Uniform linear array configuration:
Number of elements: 64
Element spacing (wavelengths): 0.75
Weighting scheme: exponential
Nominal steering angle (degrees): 0
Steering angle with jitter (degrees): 1.187
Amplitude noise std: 0.05
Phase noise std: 0.05

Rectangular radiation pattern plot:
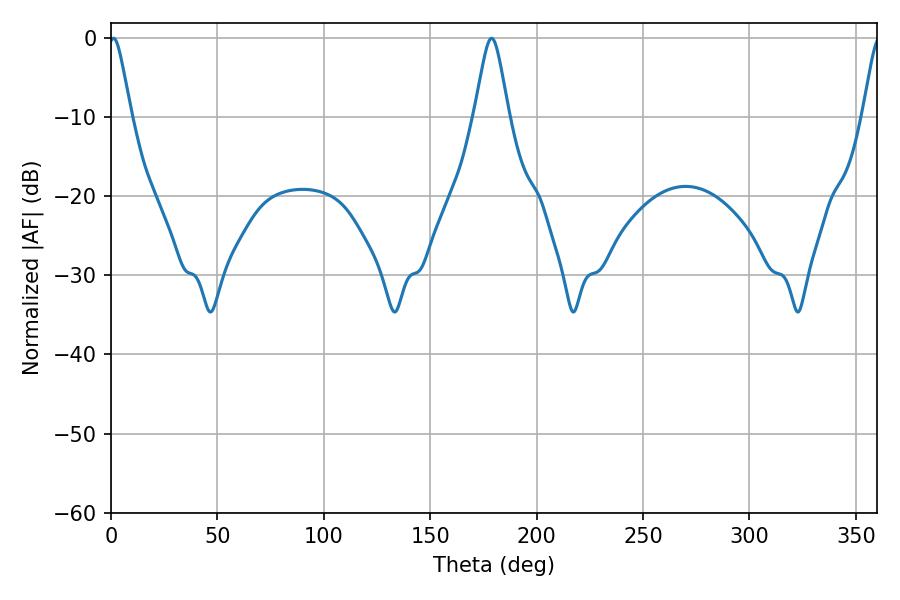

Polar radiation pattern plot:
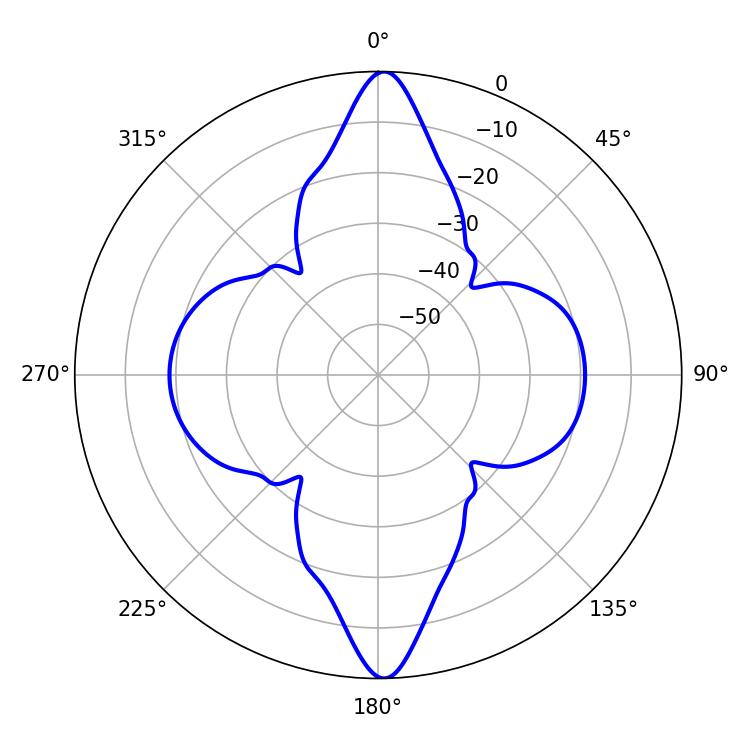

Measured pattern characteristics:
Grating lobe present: TRUE
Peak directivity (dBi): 25.269
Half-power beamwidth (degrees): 5.04
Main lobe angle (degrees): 1.08